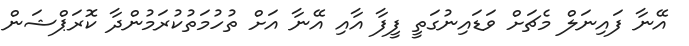
އޭނާ ފައިނަލް މެޗަށް ވަޑައިނުގަތީ ފީފާ އާއި އޭނާ އަށް ތުހުމަތުކުރަމުންދާ ކޮރަޕްޝަން